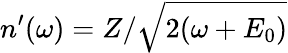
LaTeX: n^{\prime}(\omega)=Z/\sqrt{2(\omega+E_{0})}